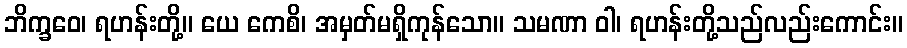
ဘိက္ခဝေ၊ ရဟန်းတို့။ ယေ ကေစိ၊ အမှတ်မရှိကုန်သော။ သမဏာ ဝါ၊ ရဟန်းတို့သည်လည်းကောင်း။